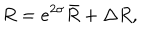
LaTeX: R = e ^ { 2 \sigma } \bar { R } + \Delta R ,